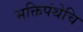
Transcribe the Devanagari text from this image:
भक्तिपंथेचि